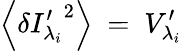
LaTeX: \left\langle{\delta{{I}_{{\lambda_{i}}}^{\prime}}}^{2}\right\rangle\mathrm{~=~}{{V}_{{\lambda_{i}}}^{\prime}}